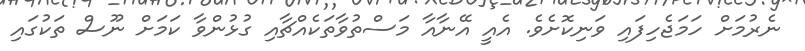
ނެރުމަށް ހަމަޖެހިފައި ވަނިކޮށެވެ. އެއީ އޭނާއާ މަސްތުވާތަކެއްޗާއި ގުޅުންވާ ކަމަށް ނޫސް ތަކުގައި